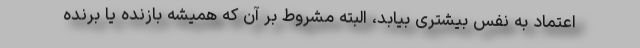
اعتماد به نفس بیشتری بیابد، البته مشروط بر آن که همیشه بازنده یا برنده